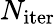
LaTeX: N_{\mathrm{iter}}